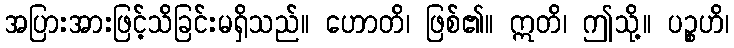
အပြားအားဖြင့်သိခြင်းမရှိသည်။ ဟောတိ၊ ဖြစ်၏။ ဣတိ၊ ဤသို့။ ပဉ္စဟိ၊